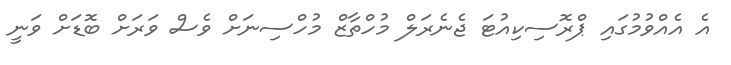
އެ އެއްވުމުގައި ޕްރޮސިކިއުޓަ ޖެނެރަލް މުހްތާޒް މުހްސިނަށް ވެސް ވަރަށް ބޮޑަށް ވަނީ